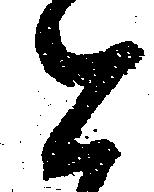
と